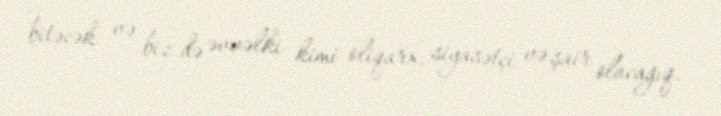
bitəcək və biz də əvvəlki kimi oliqarx, siyasətçi və şair olacağıq.